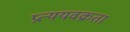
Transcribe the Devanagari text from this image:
प्रत्ययवक्रता